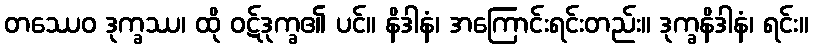
တဿေဝ ဒုက္ခဿ၊ ထို ဝဋ်ဒုက္ခ၏ ပင်။ နိဒါနံ၊ အကြောင်းရင်းတည်း။ ဒုက္ခနိဒါနံ၊ ရင်း။